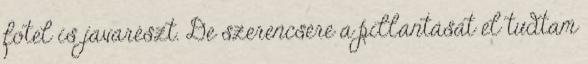
fotel is javarészt. De szerencsére a pillantását el tudtam